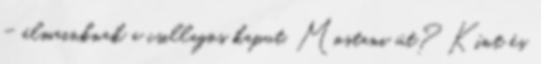
- álmainknak a csillagos kaput. Mostani út? Kínt és